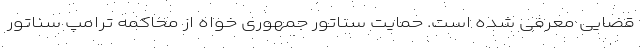
قضایی معرفی شده است. حمایت سناتور جمهوری خواه از محاکمه ترامپ سناتور